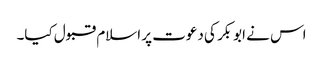
اس نے ابوبکر کی دعوت پر اسلام قبول کیا۔